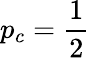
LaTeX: p_{c}=\frac{1}{2}